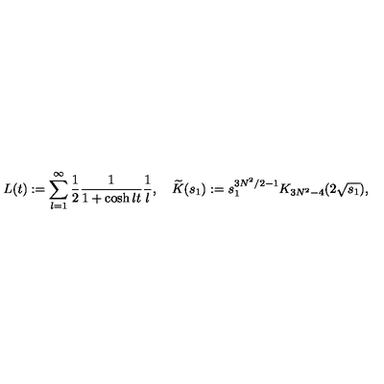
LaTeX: L ( t ) : = \sum _ { l = 1 } ^ { \infty } \frac { 1 } { 2 } \frac { 1 } { 1 + \cosh l t } \frac { 1 } { l } , \quad \widetilde { K } ( s _ { 1 } ) : = s _ { 1 } ^ { 3 N ^ { 2 } / 2 - 1 } K _ { 3 N ^ { 2 } - 4 } ( 2 \sqrt { s _ { 1 } } ) ,